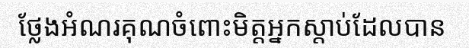
ថ្លែងអំណរគុណចំពោះមិត្តអ្នកស្តាប់ដែលបាន